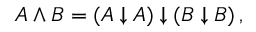
\begin{array} { r } { A \wedge B = ( A \downarrow A ) \downarrow ( B \downarrow B ) \, , } \end{array}